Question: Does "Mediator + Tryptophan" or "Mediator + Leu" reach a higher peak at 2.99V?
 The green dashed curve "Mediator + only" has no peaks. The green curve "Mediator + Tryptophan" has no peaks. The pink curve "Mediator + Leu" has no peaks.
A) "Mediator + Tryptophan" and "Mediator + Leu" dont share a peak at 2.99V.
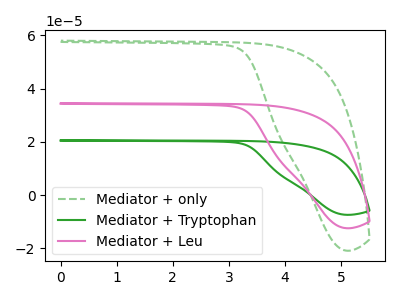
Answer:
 <answer>A) "Mediator + Tryptophan" and "Mediator + Leu" dont share a peak at 2.99V.</answer>
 <eval>A</eval>